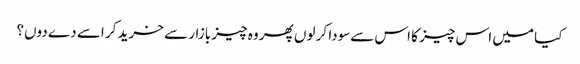
کیا میں اس چیز کا اس سےسودا کر لوں پھر وہ چیز بازار سے خرید کر اسے دے دوں؟